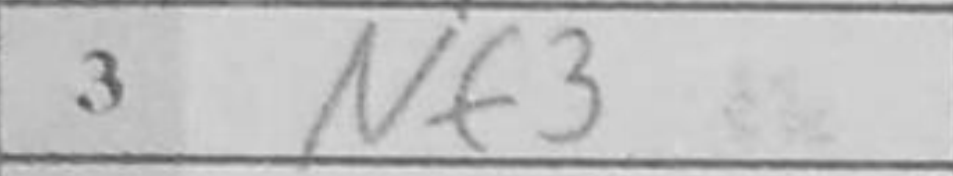
Transcription: Nf3